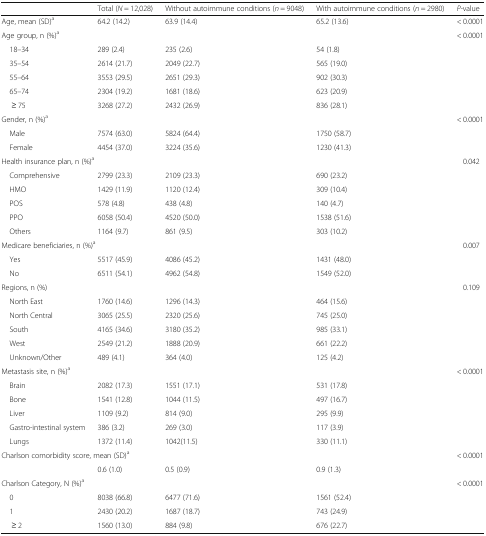
<table><thead><tr><td></td><td><b>Total (<i>N</i> = 12,028)</b></td><td><b>Without autoimmune conditions (<i>n</i> = 9048)</b></td><td><b>With autoimmune conditions (<i>n</i> = 2980)</b></td><td><b><i>P-</i>value</b></td></tr></thead><tbody><tr><td>Age, mean (SD)<sup>a</sup></td><td>64.2 (14.2)</td><td>63.9 (14.4)</td><td>65.2 (13.6)</td><td>&lt; 0.0001</td></tr><tr><td>Age group, n (%)<sup>a</sup></td><td></td><td></td><td></td><td>&lt; 0.0001</td></tr><tr><td> 18–34</td><td>289 (2.4)</td><td>235 (2.6)</td><td>54 (1.8)</td><td></td></tr><tr><td> 35–54</td><td>2614 (21.7)</td><td>2049 (22.7)</td><td>565 (19.0)</td><td></td></tr><tr><td> 55–64</td><td>3553 (29.5)</td><td>2651 (29.3)</td><td>902 (30.3)</td><td></td></tr><tr><td> 65–74</td><td>2304 (19.2)</td><td>1681 (18.6)</td><td>623 (20.9)</td><td></td></tr><tr><td>≥ 75</td><td>3268 (27.2)</td><td>2432 (26.9)</td><td>836 (28.1)</td><td></td></tr><tr><td>Gender, n (%)<sup>a</sup></td><td></td><td></td><td></td><td>&lt; 0.0001</td></tr><tr><td> Male</td><td>7574 (63.0)</td><td>5824 (64.4)</td><td>1750 (58.7)</td><td></td></tr><tr><td> Female</td><td>4454 (37.0)</td><td>3224 (35.6)</td><td>1230 (41.3)</td><td></td></tr><tr><td colspan="2">Health insurance plan, n (%)<sup>a</sup></td><td></td><td></td><td>0.042</td></tr><tr><td> Comprehensive</td><td>2799 (23.3)</td><td>2109 (23.3)</td><td>690 (23.2)</td><td></td></tr><tr><td> HMO</td><td>1429 (11.9)</td><td>1120 (12.4)</td><td>309 (10.4)</td><td></td></tr><tr><td> POS</td><td>578 (4.8)</td><td>438 (4.8)</td><td>140 (4.7)</td><td></td></tr><tr><td> PPO</td><td>6058 (50.4)</td><td>4520 (50.0)</td><td>1538 (51.6)</td><td></td></tr><tr><td> Others</td><td>1164 (9.7)</td><td>861 (9.5)</td><td>303 (10.2)</td><td></td></tr><tr><td colspan="2">Medicare beneficiaries, n (%)<sup>a</sup></td><td></td><td></td><td>0.007</td></tr><tr><td> Yes</td><td>5517 (45.9)</td><td>4086 (45.2)</td><td>1431 (48.0)</td><td></td></tr><tr><td> No</td><td>6511 (54.1)</td><td>4962 (54.8)</td><td>1549 (52.0)</td><td></td></tr><tr><td>Regions, n (%)</td><td></td><td></td><td></td><td>0.109</td></tr><tr><td> North East</td><td>1760 (14.6)</td><td>1296 (14.3)</td><td>464 (15.6)</td><td></td></tr><tr><td> North Central</td><td>3065 (25.5)</td><td>2320 (25.6)</td><td>745 (25.0)</td><td></td></tr><tr><td> South</td><td>4165 (34.6)</td><td>3180 (35.2)</td><td>985 (33.1)</td><td></td></tr><tr><td> West</td><td>2549 (21.2)</td><td>1888 (20.9)</td><td>661 (22.2)</td><td></td></tr><tr><td> Unknown/Other</td><td>489 (4.1)</td><td>364 (4.0)</td><td>125 (4.2)</td><td></td></tr><tr><td colspan="2">Metastasis site, n (%)<sup>a</sup></td><td></td><td></td><td>&lt; 0.0001</td></tr><tr><td> Brain</td><td>2082 (17.3)</td><td>1551 (17.1)</td><td>531 (17.8)</td><td></td></tr><tr><td> Bone</td><td>1541 (12.8)</td><td>1044 (11.5)</td><td>497 (16.7)</td><td></td></tr><tr><td> Liver</td><td>1109 (9.2)</td><td>814 (9.0)</td><td>295 (9.9)</td><td></td></tr><tr><td> Gastro-intestinal system</td><td>386 (3.2)</td><td>269 (3.0)</td><td>117 (3.9)</td><td></td></tr><tr><td> Lungs</td><td>1372 (11.4)</td><td>1042(11.5)</td><td>330 (11.1)</td><td></td></tr><tr><td colspan="3">Charlson comorbidity score, mean (SD)<sup>a</sup></td><td></td><td>&lt; 0.0001</td></tr><tr><td></td><td>0.6 (1.0)</td><td>0.5 (0.9)</td><td>0.9 (1.3)</td><td></td></tr><tr><td colspan="2">Charlson Category, N (%)<sup>a</sup></td><td></td><td></td><td>&lt; 0.0001</td></tr><tr><td> 0</td><td>8038 (66.8)</td><td>6477 (71.6)</td><td>1561 (52.4)</td><td></td></tr><tr><td> 1</td><td>2430 (20.2)</td><td>1687 (18.7)</td><td>743 (24.9)</td><td></td></tr><tr><td>≥ 2</td><td>1560 (13.0)</td><td>884 (9.8)</td><td>676 (22.7)</td><td></td></tr></tbody></table>